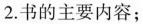
2.书的主要内容；